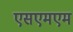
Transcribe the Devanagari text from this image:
एसएमएम